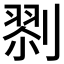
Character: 𠞨